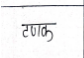
मजकूर: टणक